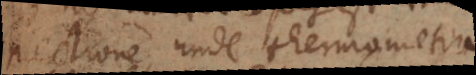
spectione, unde thermometra